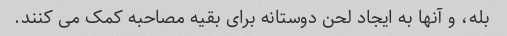
بله، و آنها به ایجاد لحن دوستانه برای بقیه مصاحبه کمک می کنند.